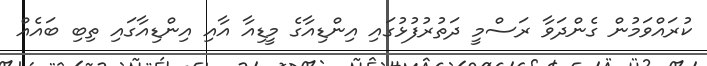
ކުރައްވަމުން ގެންދަވާ ރަސްމީ ދަތުރުފުޅުގައި އިންޑިއާގެ މީޑިއާ އާއި އިންޑިއާގައި ތިބި ބައެއް